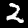
Label: 2